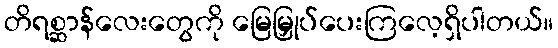
တိရစ္ဆာန်လေးတွေကို မြေမြှုပ်ပေးကြလေ့ရှိပါတယ်။